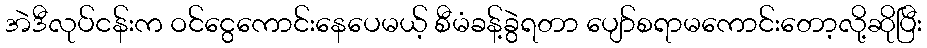
အဲဒီလုပ်ငန်းက ဝင်ငွေကောင်းနေပေမယ့် စီမံခန့်ခွဲရတာ ပျော်စရာမကောင်းတော့လို့ဆိုပြီး